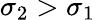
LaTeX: \sigma_{2}>\sigma_{1}